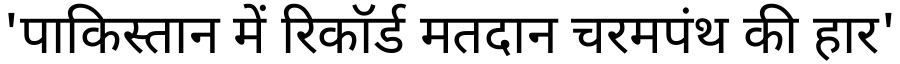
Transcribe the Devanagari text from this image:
'पाकिस्तान में रिकॉर्ड मतदान चरमपंथ की हार'